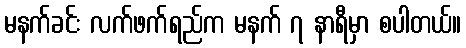
မနက်ခင်း လက်ဖက်ရည်က မနက် ၇ နာရီမှာ စပါတယ်။